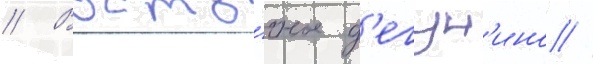
// Восто́чное д'егун'ино //